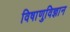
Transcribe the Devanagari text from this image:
विषाणुविज्ञान